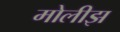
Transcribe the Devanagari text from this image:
मोलीझ